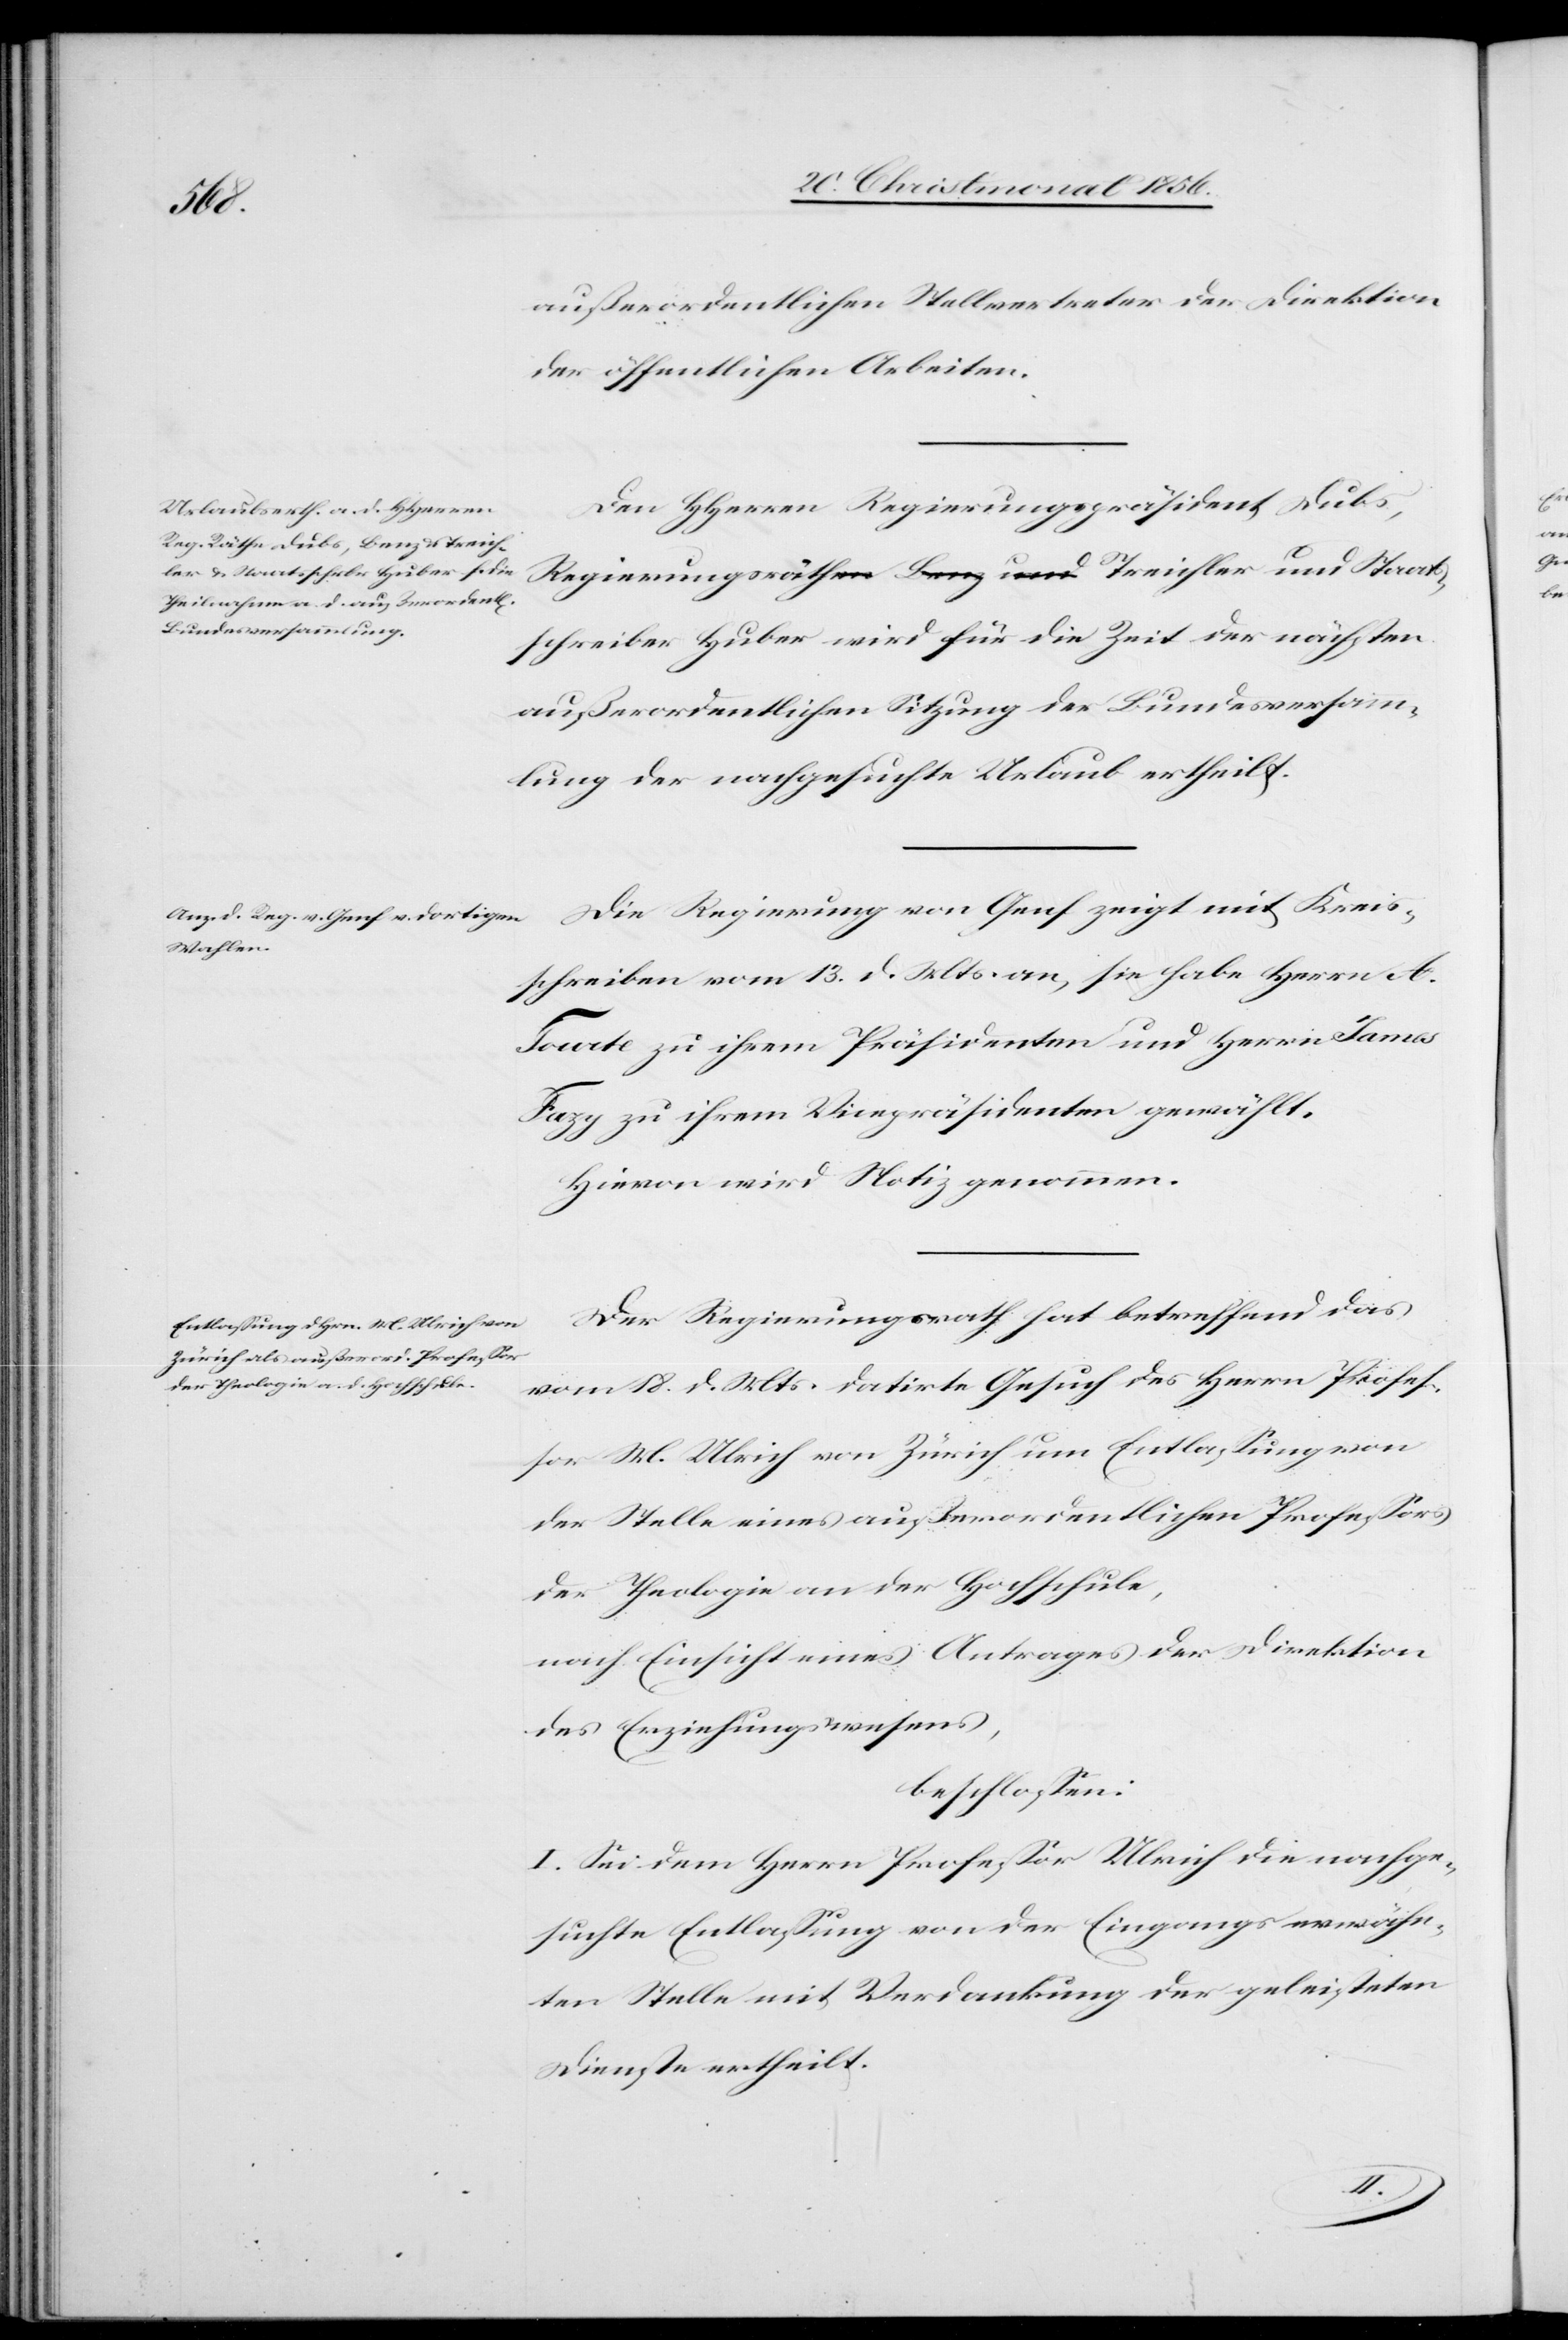
Kreis¬
außerordentlichen Stellvertreter der Direktion
der öffentlichen Arbeiten.
Den HHerren Regierungspräsident Dubs,
Regierungsa-räthen rath-a a-Benz und-a Treichler und Staats¬
schreiber Huber wird für die Zeit der nächsten
außerordentlichen Sitzung der Bundesversamm¬
lung der nachgesuchte Urlaub ertheilt.
schreiben vom 13. d. Mts. an, sie habe Herrn A.
Tourte zu ihrem Präsidenten und Herrn James
Fazy zu ihrem Vicepräsidenten gewählt.
Hievon wird Notiz genommen.
Der Regierungsrath hat betreffend das
vom 18. d. Mts. datirte Gesuch des Herrn Profes¬
sor M. Ulrich von Zürich um Entlassung von
der Stelle eines außerordentlichen Professors
der Theologie an der Hochschule,
nach Einsicht eines Antrages der Direktion
des Erziehungswesens,
beschlossen:
I. Sei dem Herrn Professor Ulrich die nachge¬
suchte Entlassung von der Eingangs erwähn¬
ten Stelle mit Verdankung der geleisteten
Dienste ertheilt.